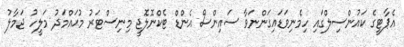
އެޕާޓީގެ ކައުންސިލްގައި ހިމެނިވަޑައިގަންނަވާ ސައިންސް އެންޑް ޓެކްނޮލޮޖީ މިނިސްޓަރު މުޙައްމަދު މަލީހު ޖަމާލު